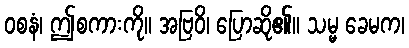
ဝစနံ၊ ဤစကားကို။ အဗြဝိ၊ ပြောဆို၏။ သမ္မ ခေမက၊